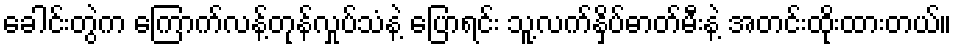
ခေါင်းတွဲက ကြောက်လန့်တုန်လှုပ်သံနဲ့ ပြောရင်း သူ့လက်နှိပ်ဓာတ်မီးနဲ့ အတင်းထိုးထားတယ်။